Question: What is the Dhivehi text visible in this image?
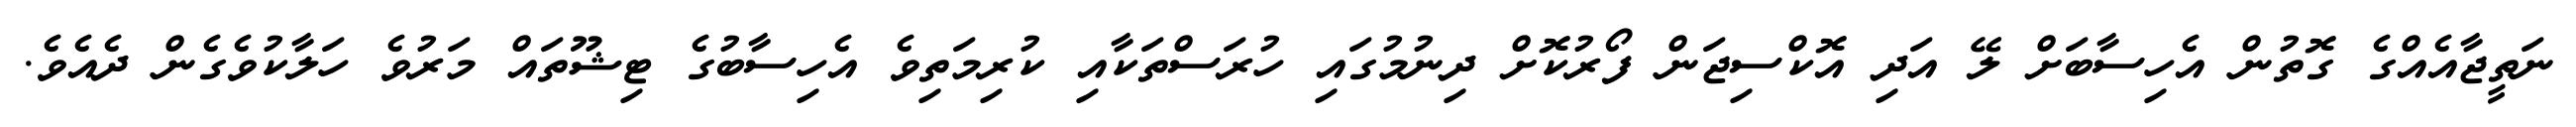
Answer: ނަތީޖާއެއްގެ ގޮތުން އެހިސާބަށް ލޭ އަދި އޮކްސިޖަން ފޯރުކޮށް ދިނުމުގައި ހުރަސްތަކާއި ކުރިމަތިވެ އެހިސާބުގެ ޓިޝޫތައް މަރުވެ ހަލާކުވެގެން ދެއެވެ.